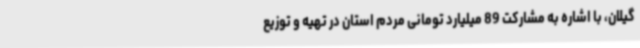
گیلان، با اشاره به مشارکت 89 میلیارد تومانی مردم استان در تهیه و توزیع